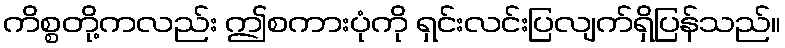
ကိစ္စတို့ကလည်း ဤစကားပုံကို ရှင်းလင်းပြလျက်ရှိပြန်သည်။